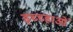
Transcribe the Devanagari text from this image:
इच्च्हाओं